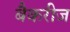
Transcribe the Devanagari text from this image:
बैकरीज